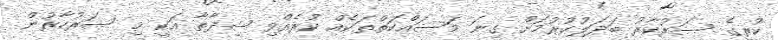
ކުރީގެ ސަރުކާރު ބަދަލުކުރުމަށް ގިނަ މަސައްކަތްތަކެއް ކުރެއްވި ޝިދާތާ އަކީ މި ސަރުކާރުން